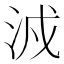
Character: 㳚